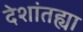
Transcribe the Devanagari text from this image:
देशांतह्या